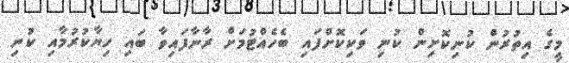
މީގެ އިތުރުން ކުނިކޮށިން ކުނި ވަކިކޮށްފައި ބެހެއްޓުމަށް ރާނާފައިވާ ބައި ހިޔާކުރުމާއި ކުނި